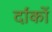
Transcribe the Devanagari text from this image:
र्दांकों